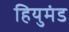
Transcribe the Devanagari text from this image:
हियुमंड